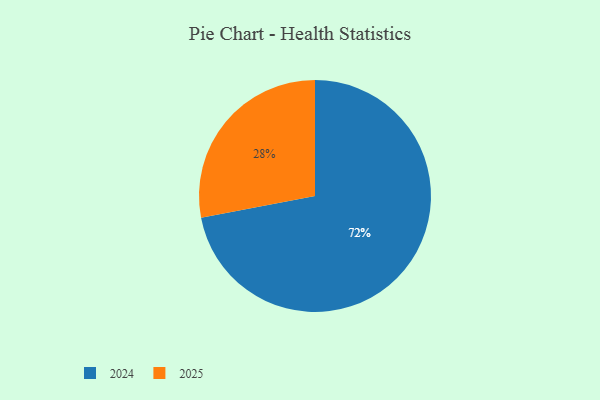
{"axis": {"x": "Category", "y": "Percentage"}, "legend": ["2024", "2025"], "data": [{"x": "2024", "y": 72, "type": "2024"}, {"x": "2025", "y": 28, "type": "2025"}]}